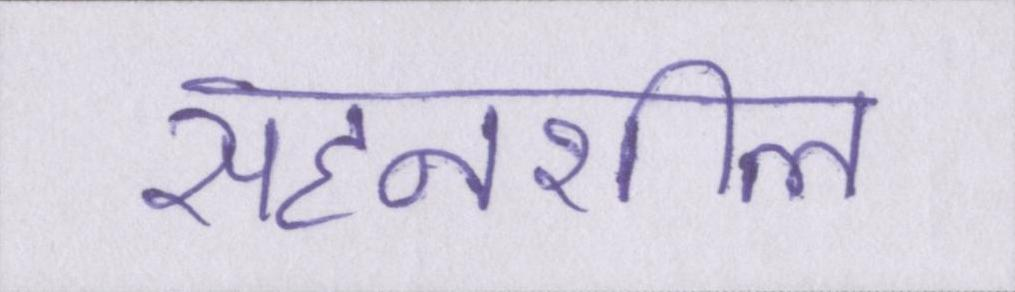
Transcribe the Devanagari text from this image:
सहनशील